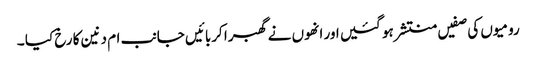
رومیوں کی صفیں منتشر ہو گئیں اور انھوں نے گھبرا کربائیں جانب ام دنین کا رخ کیا ۔